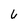
Character: 6